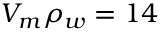
V _ { m } \rho _ { w } = 1 4